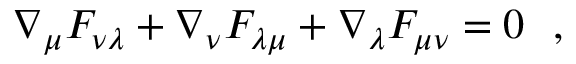
\nabla _ { \mu } F _ { \nu \lambda } + \nabla _ { \nu } F _ { \lambda \mu } + \nabla _ { \lambda } F _ { \mu \nu } = 0 ~ ~ ,